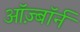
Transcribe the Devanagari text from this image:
ऑज़्बॉर्न